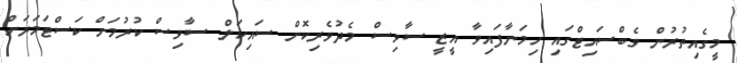
މީގެއިތުރުން ވެބްސައިޓްގައި ހިމަނާފައިވާ އީޒީ ސާވިސް މެދުވެރިކޮށް ސައިކަލް ސާވިސް ކުރުމަށް ކަސްޓަމަރަށް